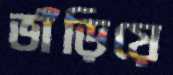
ভাঁড়িয়ে